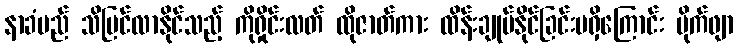
နာခံမည် သိမြင်လာနိုင်သည့် ကိုရှိုင်းလတ် ထိုဇာတ်ကား ထိန်းချုပ်နိုင်ခြင်းမရှိကြောင်း ပိုက်ဖျာ